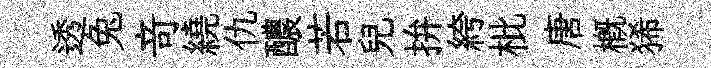
透兔竒繞仇醲若兒拚絝枇唐槪狶